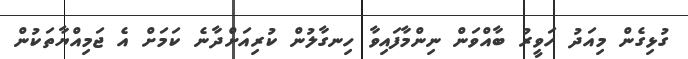
ގުޅިގެން މިއަދު ހަވީރު ބާއްވަން ނިންމާފައިވާ ހިނގާލުން ކުރިއަށްދާނެ ކަމަށް އެ ޖަމިއްޔާތަކުން